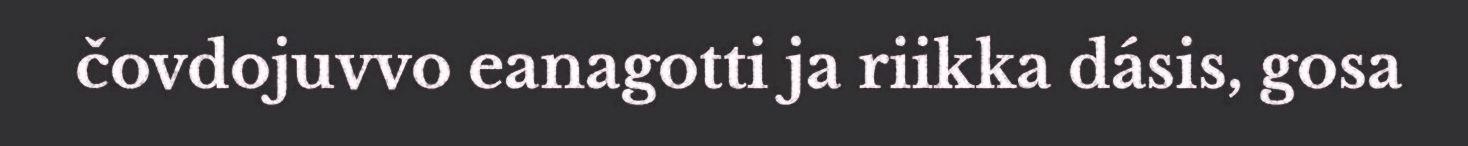
čovdojuvvo eanagotti ja riikka dásis, gosa